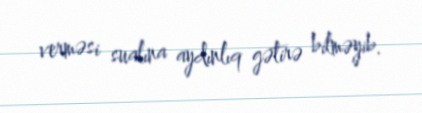
verməsi sualına aydınlıq gətirə bilməyib.